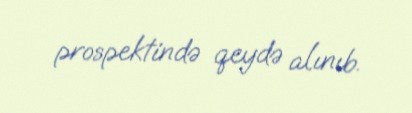
prospektində qeydə alınıb.